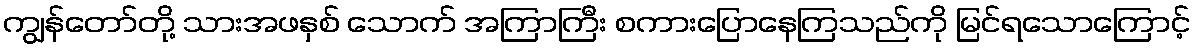
ကျွန်တော်တို့ သားအဖနှစ် သောက် အကြာကြီး စကားပြောနေကြသည်ကို မြင်ရသောကြောင့်